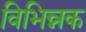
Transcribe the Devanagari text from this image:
विभिन्नक